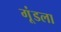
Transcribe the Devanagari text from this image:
गूंडला